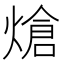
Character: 熗